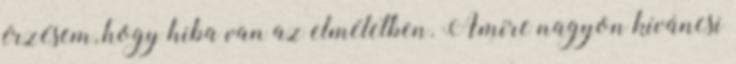
érzésem, hogy hiba van az elméletben. Amire nagyon kíváncsi